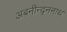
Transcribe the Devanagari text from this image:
अबनीन्द्ननाथ